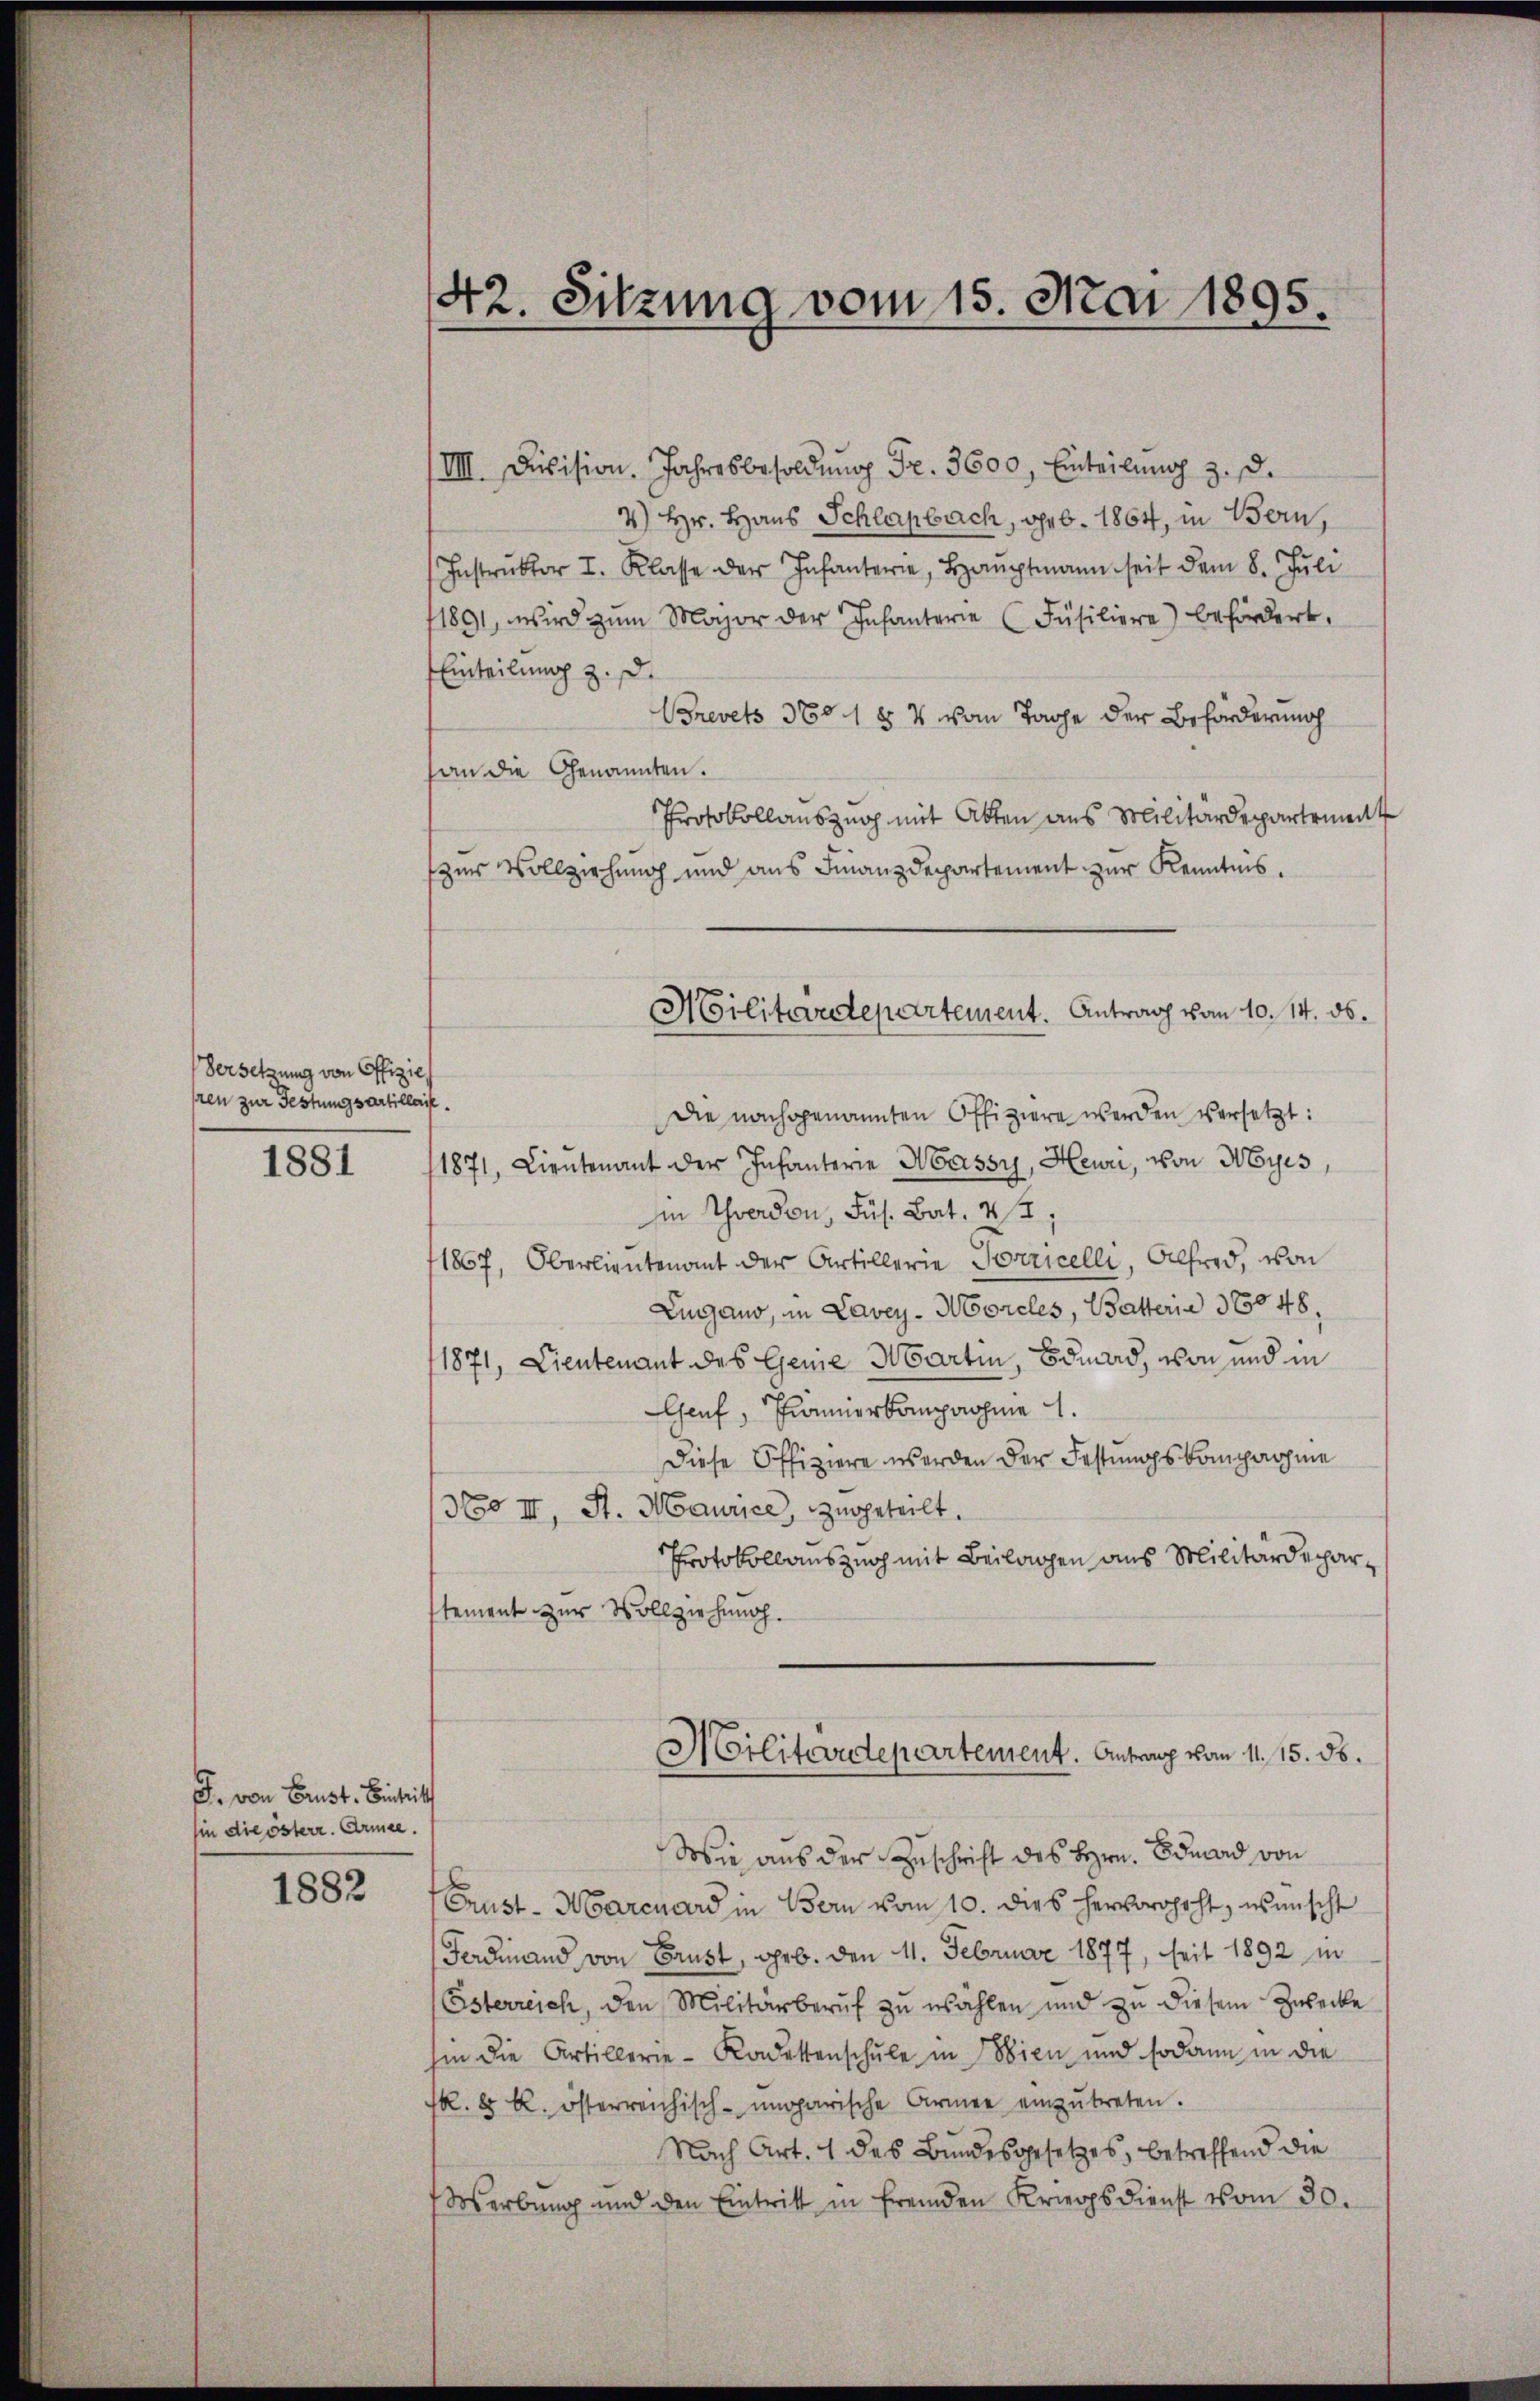
Versetzung von Offizieh
sren zur Festungsartille.

1881

J. von Brust. Eintrit
hin die österr. Armee.

1882

42. Sitzung vom 15. Mai 1895.

IIII. Division. Jahresbesoldŭng Fr. 3600. Einteilŭng z. d.
4) Hr. Haus Schlagbach, geb. 1864, in Bern,
Instrŭktor I. Klasse der Infanterie, Hauptmann seit dem 8. Juli
1891, wird zŭm Major der Infanterie (Füsiliere) befördert.
Einteilung z. d.
Brevets 388 1 § 4 vom Tage der Beförderung
an die Genannten.
Protokollauszug mit Akten aus Militärdepartement
zur Vollziehung und aus Finanzdepartement zur Kenntnis.
Die nachgenannten Offiziere werden versetzt:
1871, Lieutenant der Infanterie Massy, Heuri, von Myes,
in Yverdon, Fus. Bat. 22,
1867, Oberlieutenant der Artillerie Porricelli, Alfred, von
Lugano, in Lavey-Moreles, Batteria 16048,
1871, Lieutenant des Genie Martin, Bdmad, von und in
Genf, Franerkampnahme 1.
Diese Offiziere werden der Festungskompnahme
No III, S. Maurice, zugeteilt.
Protokollauszug mit Beilagen aus Militärdepartement zur Vollziehung.
Militärdepartement. Antrag vom 11. 15. ds.
Wowie aus der Zuschrift des Hrn. Eduard von
Crust-Moarcuard in Bern vom 10. dies hervorgeht, wünscht
Ferdinand von Brust, geb. den 11. Februar 1877, seit 1892 in
Österreich, den Militärberuf zu wählen und zu diesem Zwecke
hin die Artillerie-Kadettenschule in bien und sodann in die
fk. 8 k. österreichisch-ungarische Armee einzŭtreten.
Nach Art. 1 des Bundesgesetzes, betreffend die
Werbung und den Eintritt in fremden Kriegsdienst vom 30.

Militärdepartement. Antrag vom 10. 14. ds.